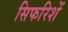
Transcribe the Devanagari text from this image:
सिफरिशें